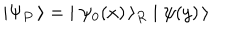
\mid \Psi _ { P } \, \rangle = \; \mid \psi _ { 0 } ( x ) \, \rangle _ { R } \mid \psi ( y ) \, \rangle